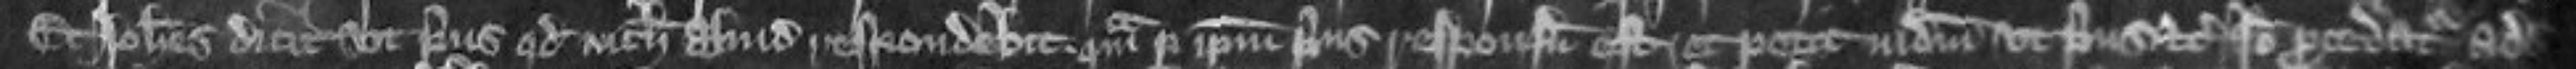
Et Johannes dicit ut prius quod nichil aliud respondebit quam per ipsum prius responsum est et petit judicium ut prius etc Ideo procedatur ad